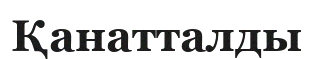
Қанатталды